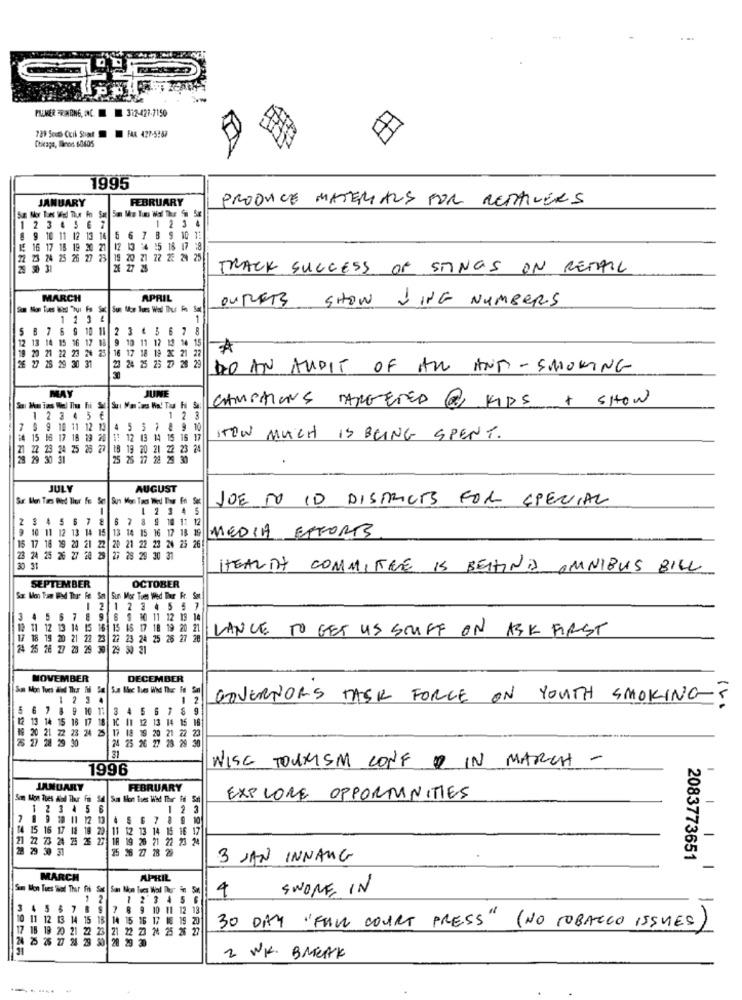
PLUMER ARING, INC. 312-427-7150
FAR 427-5267
Chicage, Ilnon 60405
1995
JANUARY
FEBRUARY
PRODUCE MATERIALS FOR RETAILERS
123 4
1234567
9 10 11 12 13 1
B S 10 1:
16 17 18 19 20 27 12 13 34 15 18 171
22 23 24 25 26 27 23
20 21 22 2E 24 25
23 30 31
27 25
TRACK SUCCESS OF STINGS ON RETAIL
MARCH
APRIL
DURET
SHOW JING NUMBERS
1 1 3 2
1
5
B 7 6 9 10 11 2 3 4 5
6 7 8
12 13 14 15 16 17 18
9 10 11 12 12 14 15
19 20
21 22 23 24 25
LA
29 30 31
23 24 25 25 77 28 29
17 18 19 XC 21 22
DO AN AUDIT OF AND ANTI -SMOKING
MAY
JUNE
CHUPTIONS TARGETED @ KIPS + SHOW
2 3
5 €
1 2 3
9 10 11 12 19 4 5 5 7 8 9 1
14 15 18 17 18 19 20
1: 12 13 14 15 16 17
STEW MUCH IS BEING SPENT.
21 22 23 2
28 27 18 19 70 21 22 23 24
25 25 17
28 23 30
JULY
AUGUST
JOE TO ID DISTRICTS FOR SPECIAL
1 2 3 4 5
2 3 4 5 6 7 8 67
7 8 9 10 1: 12
9 10 11 12 131
15
SIBBE MEDIA EFFORTS
17 18 19 20 21 2
320 21 22 23 26 25 26
23 24 25 26 27 28 25 27 28 29 30 31
HEALTH COMMITEE IS BEHIND OMNIBUS BILL
OCTOBER
SEPTEMBER
So Mot Tram Wod The Fet Set Sur Mor Toes Wed Thour Fr. Sat
12 1234557
5
5 7
9 6 9 10 11 12 19 14
11 12 13 14 15 16 15 16 17 18 19 20 21
LANCE TO GET US STUFF ON ASK FIRST
17 18 19 2
21 22 23 22 23 24 25 26 27 28
23
29 30 31
MOVEMBER
DECEMBER
1 234
GOVERNORS TASK FORCE ON YOUTH SMOKING?
5 6 7 8 9 10 1: 3 4 5 6 7 8 9
5 6 7 8 9 10 1
12 13 14 15 16 17 18 1C 10 12 13 14 15 16
: 11 12 13 14 15 18
4 25 17 18 19 2
21 22 23
26 27 28 29 30
24 25 26 27 28 29
21
WISE TOURISM CONF IN MARCH -
1996
-
JANUARY
FEBRUARY
San Hon bies Wed Thur Ff Sat
EXPLORE OPPORTUNITIES
1
2 3 45 6
1 2
9 10 11 12 13 4 5
8 9 10
15 16 17 18 18 20 11 12 13 14 15 16 17
1 12 13 14 15 16 17
-
21 22 73 24 25 36 27 18 19 28 21 22 23 24
19 26 21 22 23
28 29 30
31
75 28
Z7 28 29
3 JAN INNANG
2083773651
-
MARCH
APRIL
Sm Mon Tues Bal Thur fri Se
14
SWORE IN
1 2
1 2 3 45 6
3
5 $ 7 8 9 7 8 9 10 11 12 13
10 11 12 13 14 15 18 14 15 16 17 18 19
20
17 18 19 20 21 22 23 21 22 23 24 25 26 27
30 DAY "FULL COURT PRESS" (NO TOBACCO ISSUES)
24 75 25 27 24 28 50 28 29 30
2 WK. BREAK